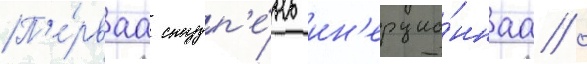
П'е́рваа ступ'е́нь ин'ерцио́ннаа /